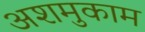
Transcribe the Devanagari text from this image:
अशमुकाम